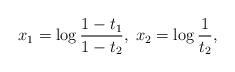
LaTeX: \begin{align*}x_1=\log\frac{1-t_1}{1-t_2}, \;x_2=\log\frac{1}{t_2},\end{align*}